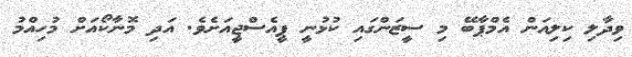
ވިދާލި ކިލިއަން އެމްޕާބޭ މި ސީޒަންގައި ކުޅުނީ ޕީއެސްޖީއަށެވެ. އަދި މޮނާކޯއަށް މުހިއްމު